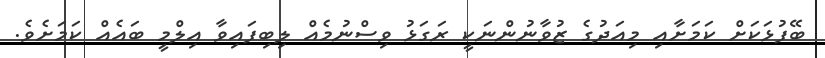
ބޭފުޅަކަށް ކަމަށާއި މިއަދުގެ ޒުވާނުންނަކީ ރަގަޅު ވިސްނުމެއް ލިބިފައިވާ އިލްމީ ބައެއް ކަމަށެވެ.